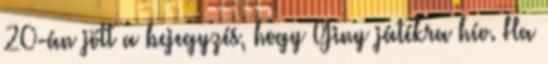
20-án jött a bejegyzés, hogy Giny játékra hív. Ha